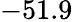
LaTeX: -51.9